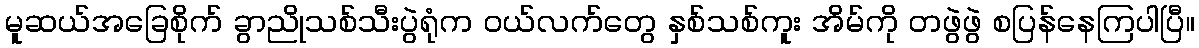
မူဆယ်အခြေစိုက် ခွာညိုသစ်သီးပွဲရုံက ဝယ်လက်တွေ နှစ်သစ်ကူး အိမ်ကို တဖွဲဖွဲ စပြန်နေကြပါပြီ။